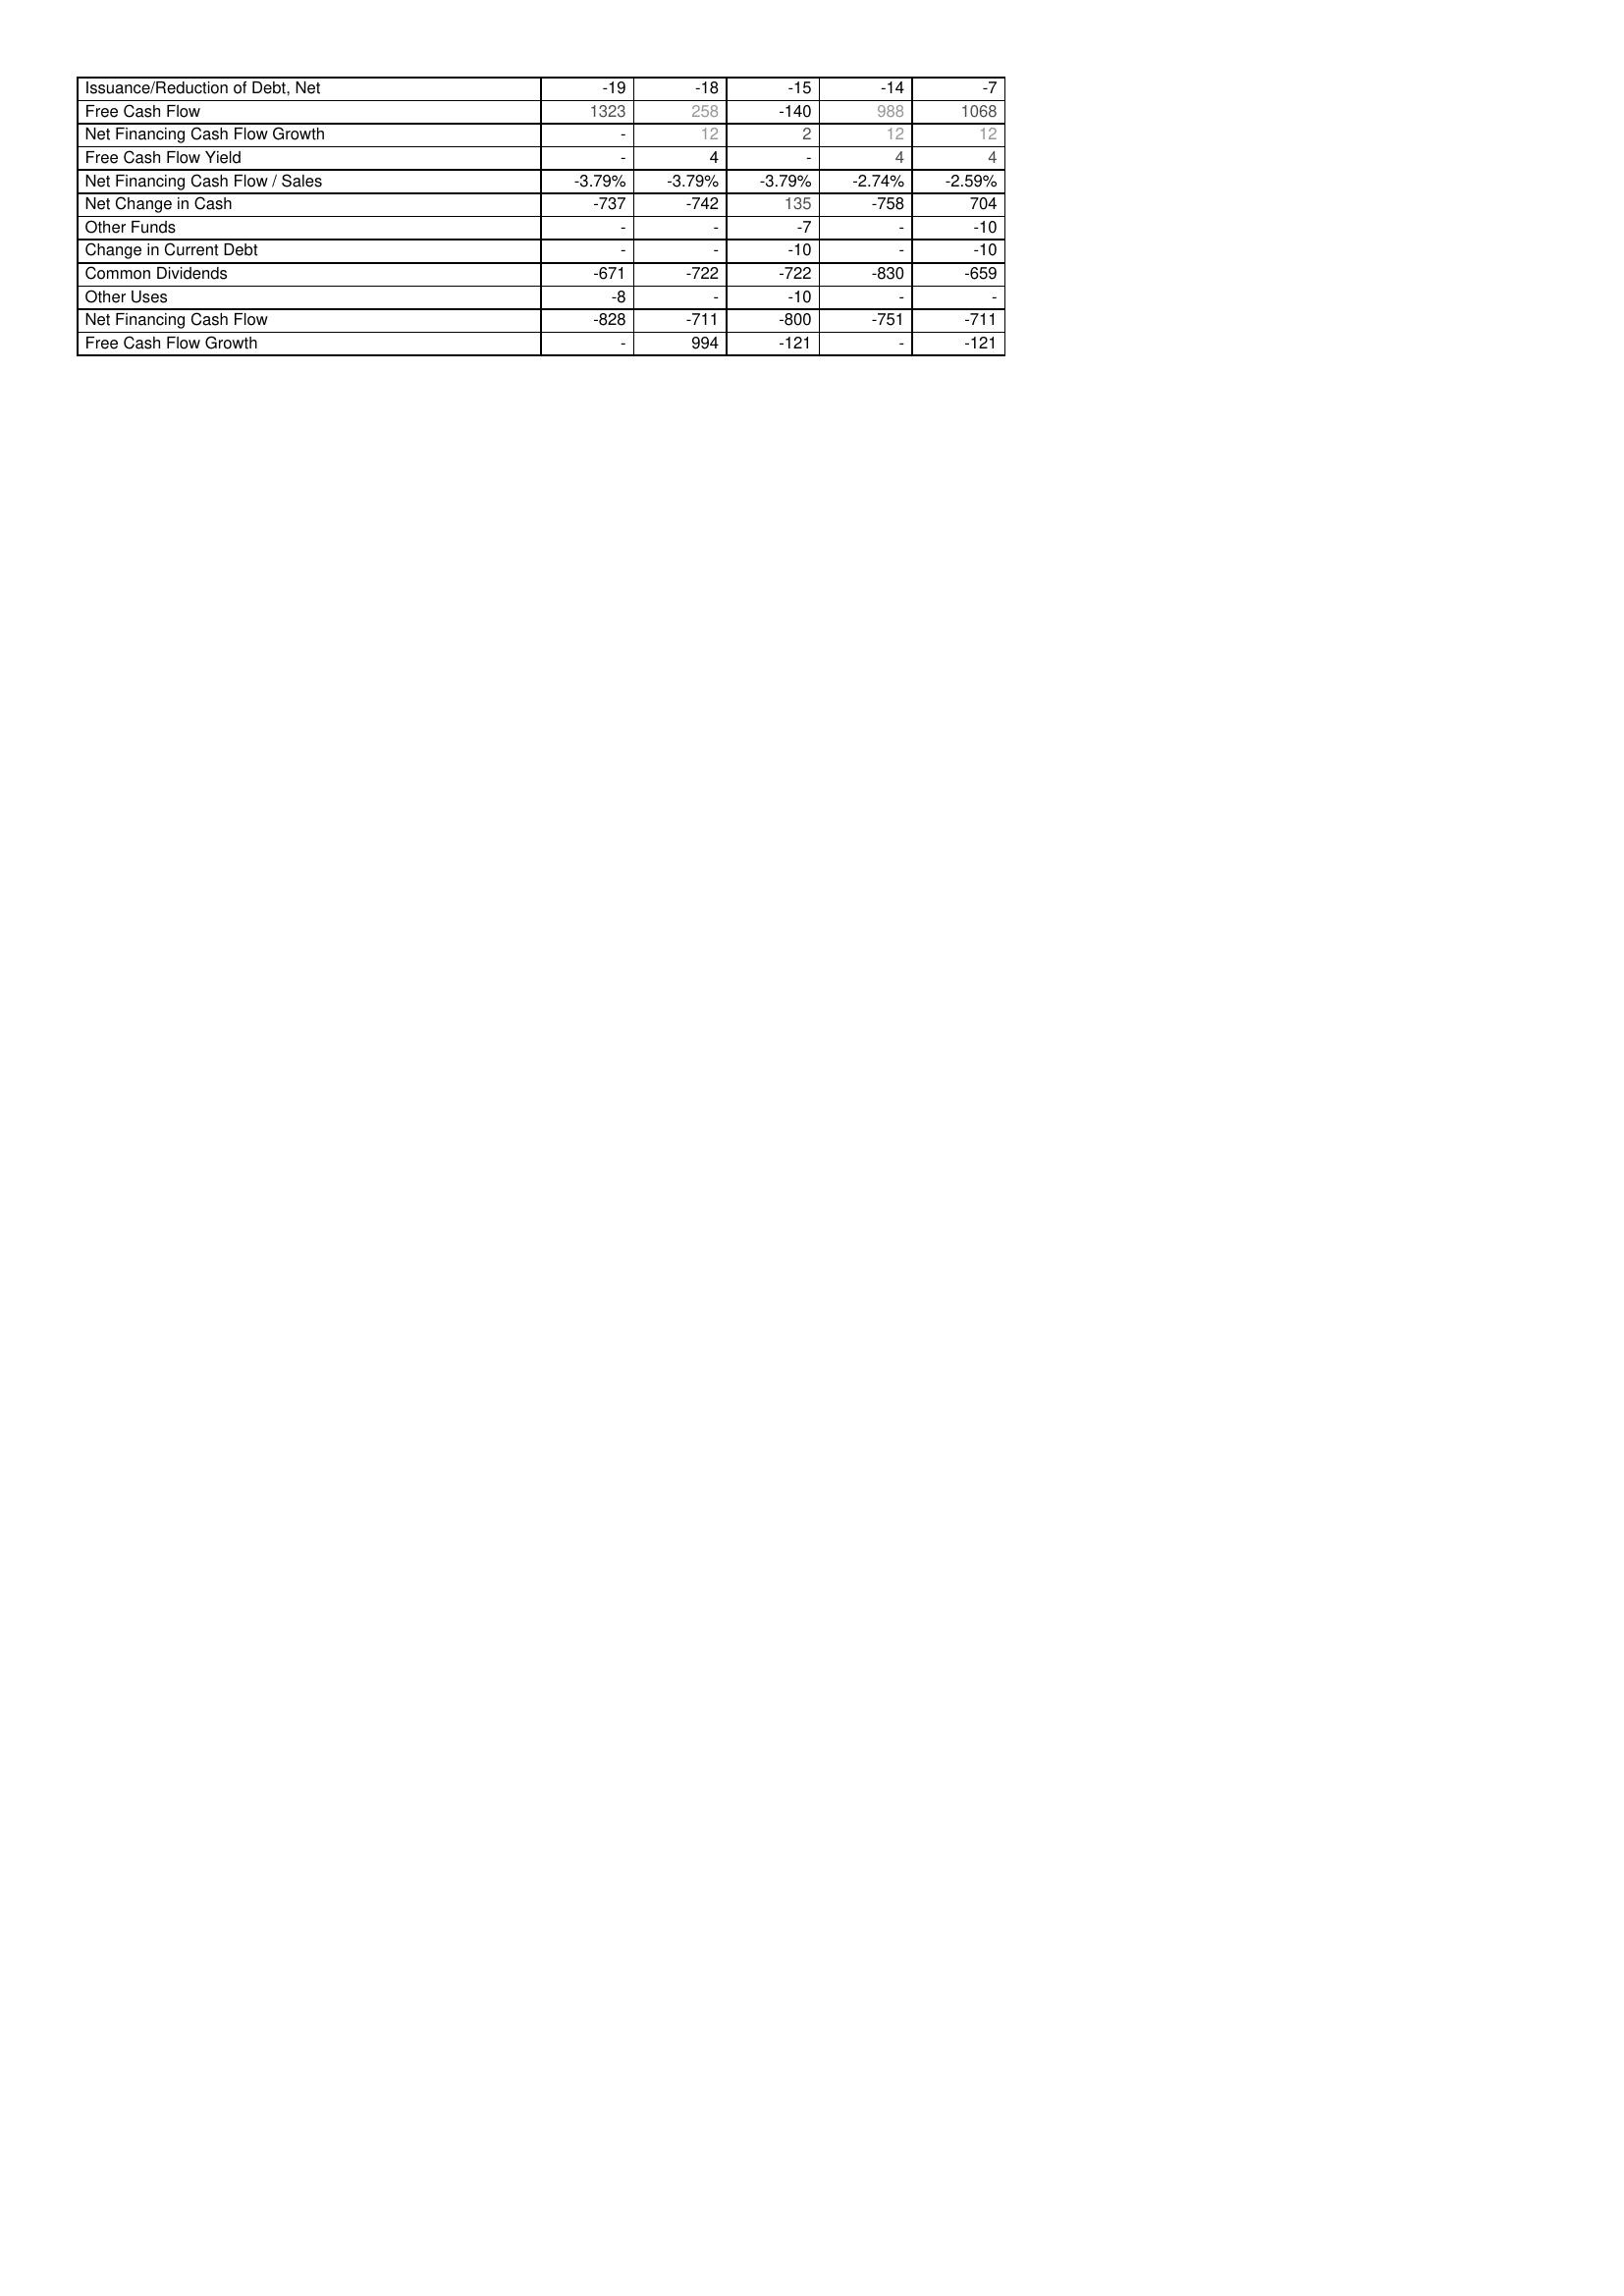
2019: Financing Activities: Issuance/Reduction of Debt, Net: -19
Free Cash Flow: 1323
Net Financing Cash Flow Growth: -
Free Cash Flow Yield: -
Net Financing Cash Flow / Sales: -3.79%
Net Change in Cash: -737
Other Funds: -
Change in Current Debt: -
Common Dividends: -671
Other Uses: -8
Net Financing Cash Flow: -828
Free Cash Flow Growth: -
2020: Financing Activities: Issuance/Reduction of Debt, Net: -18
Free Cash Flow: 258
Net Financing Cash Flow Growth: 12
Free Cash Flow Yield: 4
Net Financing Cash Flow / Sales: -3.79%
Net Change in Cash: -742
Other Funds: -
Change in Current Debt: -
Common Dividends: -722
Other Uses: -
Net Financing Cash Flow: -711
Free Cash Flow Growth: 994
2021: Financing Activities: Issuance/Reduction of Debt, Net: -15
Free Cash Flow: -140
Net Financing Cash Flow Growth: 2
Free Cash Flow Yield: -
Net Financing Cash Flow / Sales: -3.79%
Net Change in Cash: 135
Other Funds: -7
Change in Current Debt: -10
Common Dividends: -722
Other Uses: -10
Net Financing Cash Flow: -800
Free Cash Flow Growth: -121
2022: Financing Activities: Issuance/Reduction of Debt, Net: -14
Free Cash Flow: 988
Net Financing Cash Flow Growth: 12
Free Cash Flow Yield: 4
Net Financing Cash Flow / Sales: -2.74%
Net Change in Cash: -758
Other Funds: -
Change in Current Debt: -
Common Dividends: -830
Other Uses: -
Net Financing Cash Flow: -751
Free Cash Flow Growth: -
2023: Financing Activities: Issuance/Reduction of Debt, Net: -7
Free Cash Flow: 1068
Net Financing Cash Flow Growth: 12
Free Cash Flow Yield: 4
Net Financing Cash Flow / Sales: -2.59%
Net Change in Cash: 704
Other Funds: -10
Change in Current Debt: -10
Common Dividends: -659
Other Uses: -
Net Financing Cash Flow: -711
Free Cash Flow Growth: -121